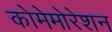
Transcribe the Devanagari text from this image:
कोमेमोरेशन